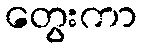
တွေးကာ